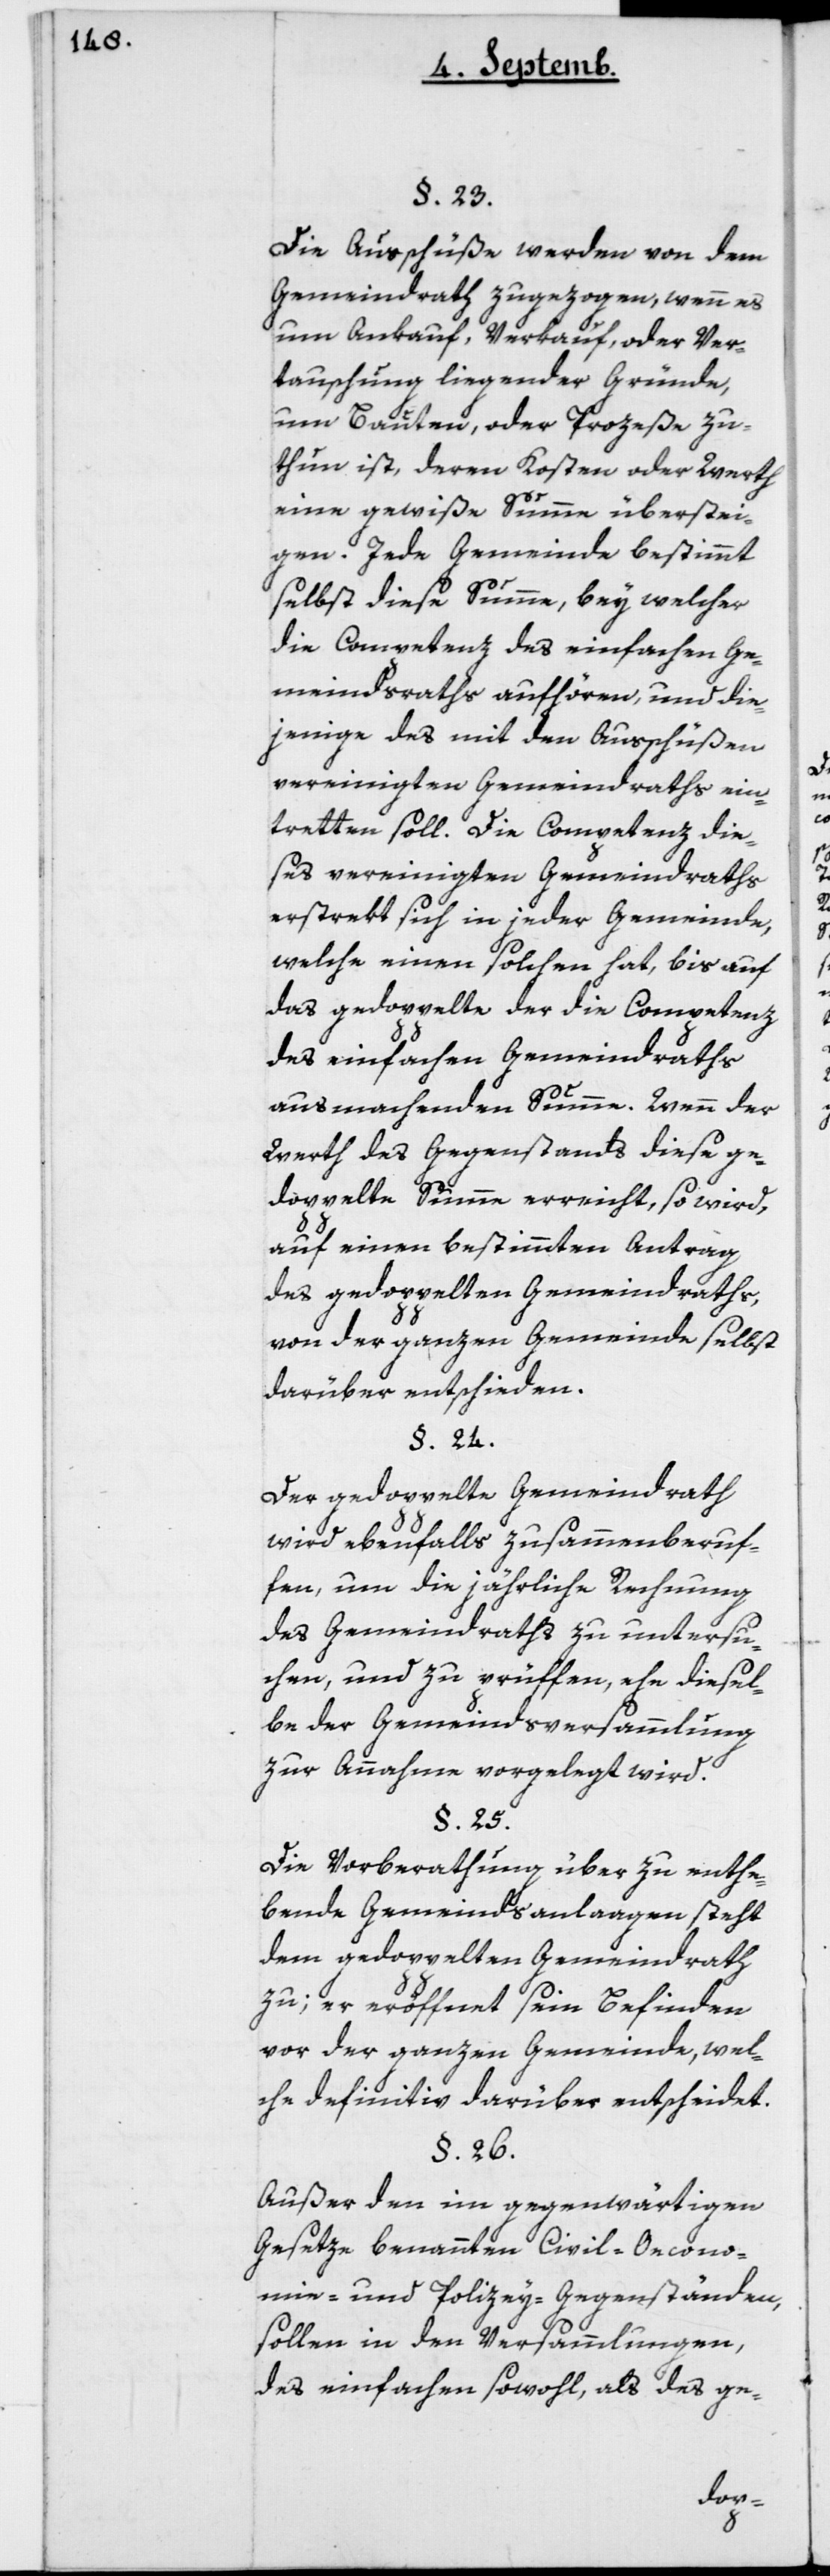
Die Ausschüße werden von dem
Gemeindrath zugezogen, wenn es
um Ankauf, Verkauf oder Ver¬
tauschung liegender Gründe,
um Bauten oder Prozeße zu
thun ist, deren Kosten oder Wert
24
eine gewiße Summe überstei¬
gen. Jede Gemeinde bestimmt
selbst diese Summe, bey welcher
die Competenz des einfachen Ge¬
meindraths aufhören, und die¬
jenige des mit den Außchüßen
vereinigten Gemeindraths ein¬
tretten soll. Die Competenz die¬
ses vereinigten Gemeindraths
erstrekt sich in jeder Gemeinde,
welche einen solchen hat, bis auf
das gedoppelte der die Competenz
des einfachen Gemeindraths
ausmachenden Summe. Wenn der
Wert des Gegenstands diese ge¬
doppelte Summe erreicht, so wird,
auf einen bestimmten Antrag
des gedoppelten Gemeindraths,
von der ganzen Gemeinde selbst
darüber entschieden.
Der gedoppelte Gemeindrath
wird ebenfalls zusammengeruf¬
en, um die jährliche Rechnung
des Gemeindraths zu untersu¬
chen, und zu prüffen, ehe diesel¬
be der Gemeindsversammlung
zur Annahme vorgelegt wird.
§ 25
Die Vorberathung über zu enthe¬
bende Gemeindsanlagen steht
dem gedoppelten Gemeindrath
zu; er eröffnet sein Befinden
vor der ganzen Gemeinde, wel¬
che definitiv darüber entscheidet.
Außer der im gegenwärtigen
Gesetze benannten Civil-, Oecono¬
mie- und Policey-Gegenständen,
sollen in den Versammlungen,
des einfachen sowohl als des ge-